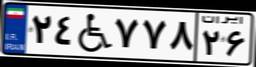
۷۸W۰۹۳۳۷